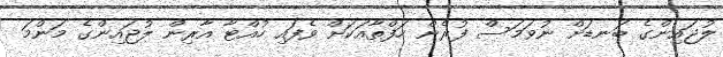
ލުޖައިންގެ ބަނޑަށް ނުވަމަސް ފުރެން ހަފްތާއަކަށް ވެފައި ހުއްޓާ އާރިން ލުޖައިންގެ މަންމަ